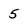
Character: 5